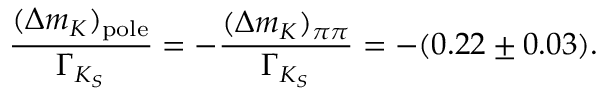
{ \frac { ( \Delta m _ { K } ) _ { \mathrm { p o l e } } } { \Gamma _ { K _ { S } } } } = - { \frac { ( \Delta m _ { K } ) _ { \pi \pi } } { \Gamma _ { K _ { S } } } } = - ( 0 . 2 2 \pm 0 . 0 3 ) .